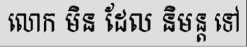
លោក មិន ដែល និមន្ត ទៅ